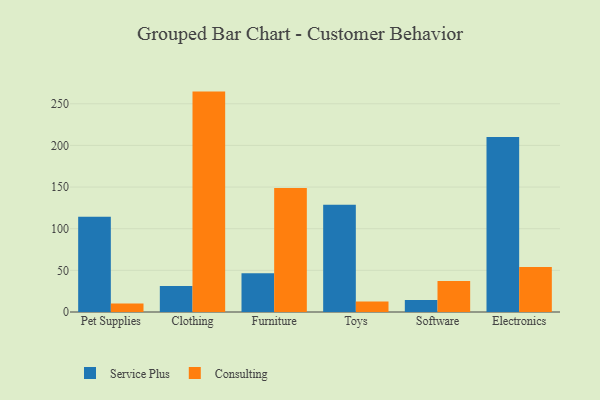
{"axis": {"x": "Category", "y": "Page Views"}, "legend": ["Consulting", "Service Plus"], "data": [{"x": "Pet Supplies", "y": 114.4, "type": "Service Plus"}, {"x": "Pet Supplies", "y": 10.2, "type": "Consulting"}, {"x": "Clothing", "y": 31.3, "type": "Service Plus"}, {"x": "Clothing", "y": 264.6, "type": "Consulting"}, {"x": "Furniture", "y": 46.6, "type": "Service Plus"}, {"x": "Furniture", "y": 148.9, "type": "Consulting"}, {"x": "Toys", "y": 128.7, "type": "Service Plus"}, {"x": "Toys", "y": 12.5, "type": "Consulting"}, {"x": "Software", "y": 14.5, "type": "Service Plus"}, {"x": "Software", "y": 37.2, "type": "Consulting"}, {"x": "Electronics", "y": 210.2, "type": "Service Plus"}, {"x": "Electronics", "y": 54.1, "type": "Consulting"}]}